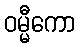
ဝမ္မီကော